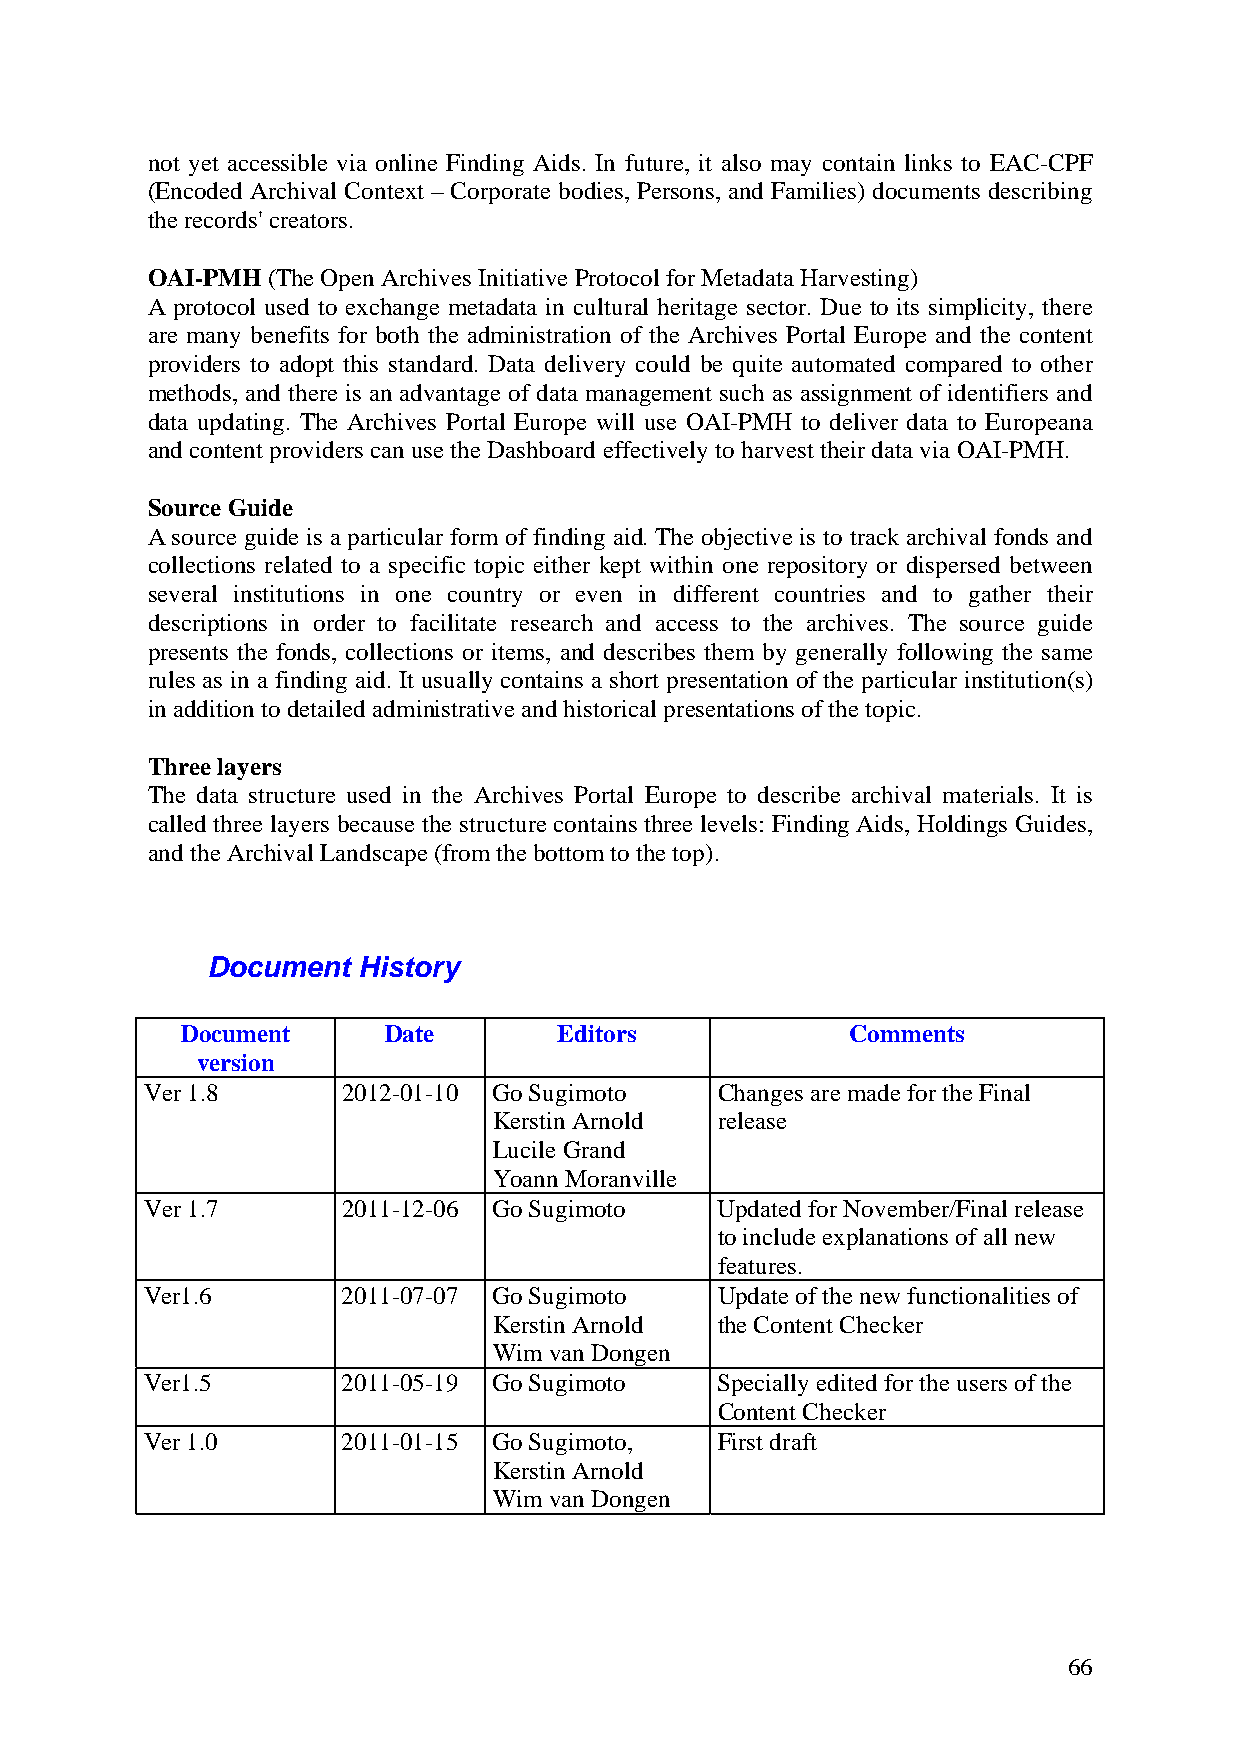
not yet accessible via online Finding Aids. In future, it also may contain links to EAC-CPF
 (Encoded Archival Context – Corporate bodies, Persons, and Families) documents describing
 the records' creators.
 OAI-PMH (The Open Archives Initiative Protocol for Metadata Harvesting)
 A protocol used to exchange metadata in cultural heritage sector. Due to its simplicity, there
 are many benefits for both the administration of the Archives Portal Europe and the content
 providers to adopt this standard. Data delivery could be quite automated compared to other
 methods, and there is an advantage of data management such as assignment of identifiers and
 data updating. The Archives Portal Europe will use OAI-PMH to deliver data to Europeana
 and content providers can use the Dashboard effectively to harvest their data via OAI-PMH.
 Source Guide
 A source guide is a particular form of finding aid. The objective is to track archival fonds and
 collections related to a specific topic either kept within one repository or dispersed between
 several institutions in one country or even in different countries and to gather their
 descriptions in order to facilitate research and access to the archives. The source guide
 presents the fonds, collections or items, and describes them by generally following the same
 rules as in a finding aid. It usually contains a short presentation of the particular institution(s)
 in addition to detailed administrative and historical presentations of the topic.
 Three layers
 The data structure used in the Archives Portal Europe to describe archival materials. It is
 called three layers because the structure contains three levels: Finding Aids, Holdings Guides,
 and the Archival Landscape (from the bottom to the top).
 Document  History
 Document     Date        Editors            Comments
 version
 Ver 1.8      2012-01-10 Go Sugimoto  Changes are made for the Final
 Kerstin Arnold release
 Lucile Grand
 Yoann Moranville
 Ver 1.7      2011-12-06 Go Sugimoto   Updated for November/Final release
 to include explanations of all new
 features.
 Ver1.6       2011-07-07 Go Sugimoto  Update of the new functionalities of
 Kerstin Arnold the Content Checker
 Wim van Dongen
 Ver1.5       2011-05-19 Go Sugimoto  Specially edited for the users of the
 Content Checker
 Ver 1.0      2011-01-15 Go Sugimoto, First draft
 Kerstin Arnold
 Wim van Dongen
 66